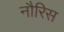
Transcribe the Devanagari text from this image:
नौरिस